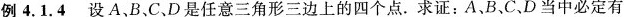
例4.1.4 设A、B、C、D是任意三角形三边上的四个点.求证：A、B、C、D当中必定有